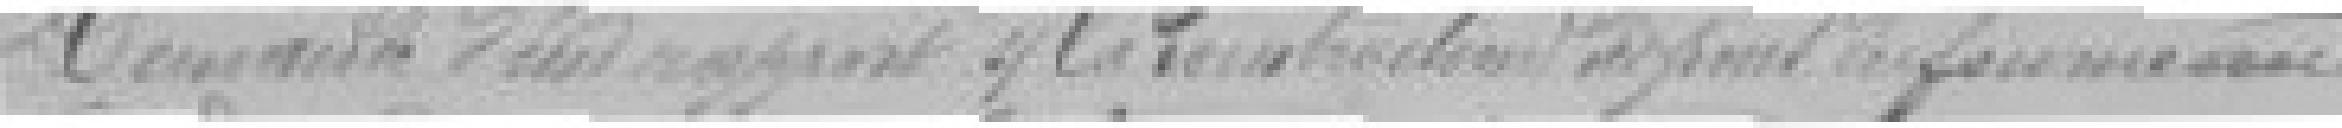
? un rapport